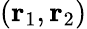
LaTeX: (\mathbf{r}_{1},\mathbf{r}_{2})